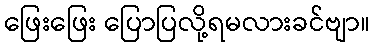
ဖြေးဖြေး ပြောပြလို့ရမလားခင်ဗျာ။